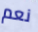
نعم